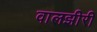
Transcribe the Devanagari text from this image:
वालझीरी